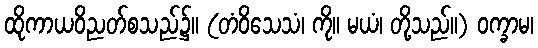
ထိုကာယဝိညတ်စသည်၌။ (တံဝိသေသံ၊ ကို။ မယံ၊ တို့သည်။) ဝက္ခာမ၊